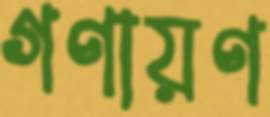
গণায়ণ